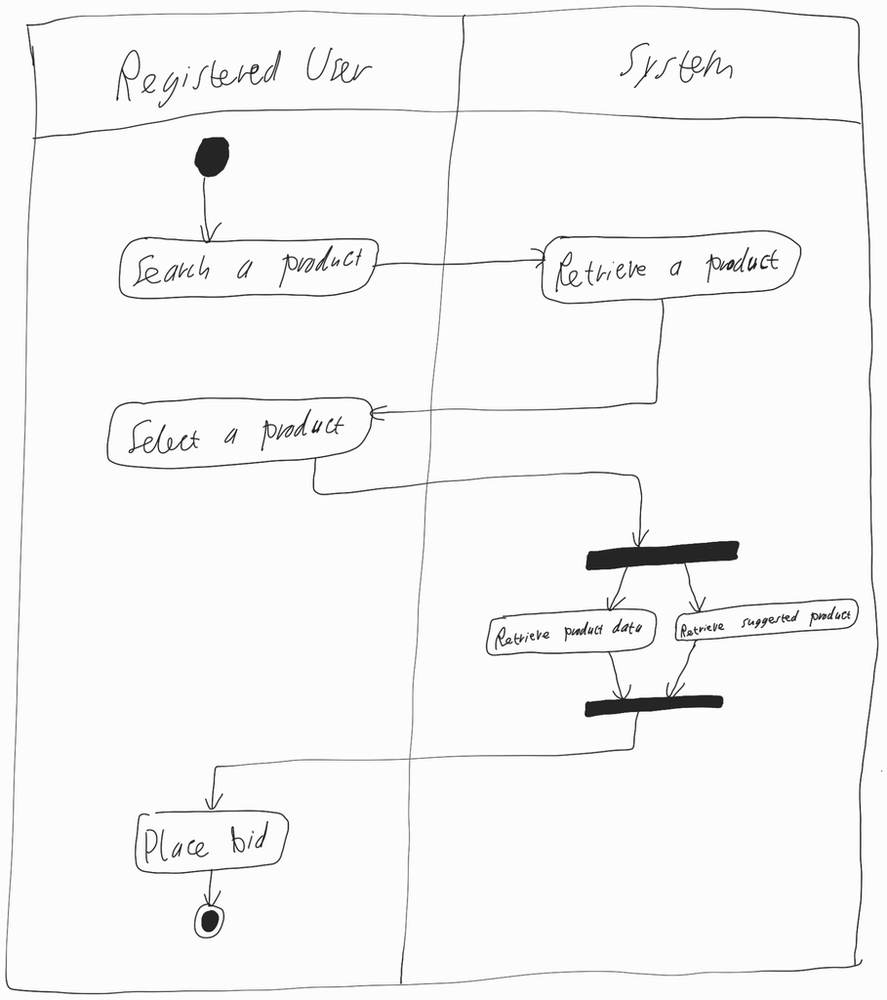
Diagram type: activity_diagram
```plantuml
@startuml

|Registered User|

start

:Search a product;

|System|

:Retrieve a product;

|Registered User|

:Select a product;

|System|

fork
  :Retrieve product data;
fork again
  :Retrieve suggested product;
end fork

|Registered User|

:Place bid;

stop

@enduml
```